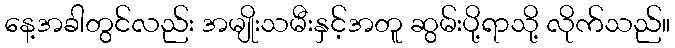
နေ့အခါတွင်လည်း အမျိုးသမီးနှင့်အတူ ဆွမ်းပို့ရာသို့ လိုက်သည်။